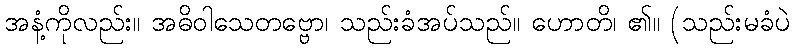
အနံ့ကိုလည်း။ အဓိဝါသေတဗ္ဗော၊ သည်းခံအပ်သည်။ ဟောတိ၊ ၏။ (သည်းမခံပဲ